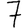
Digit: 7